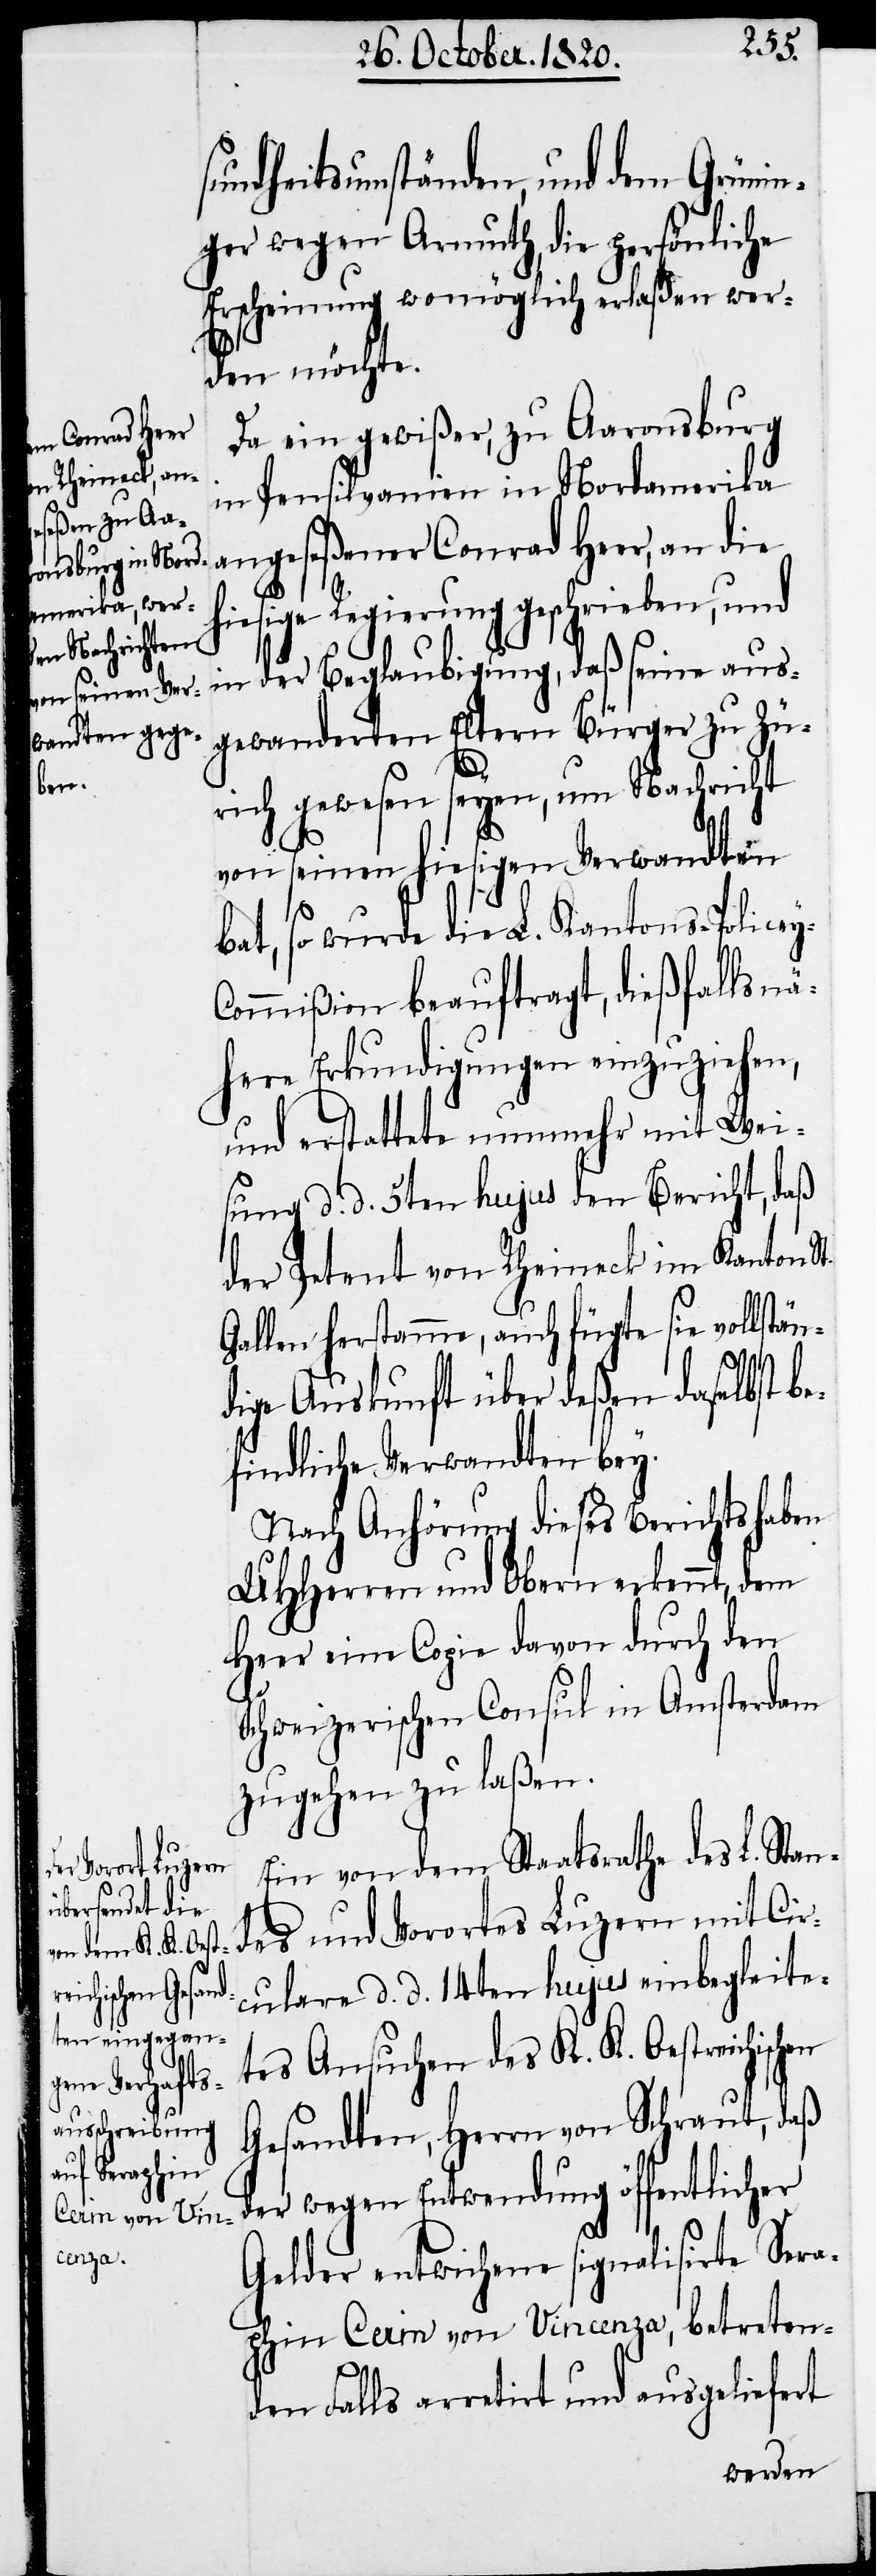
ischen

sundheitsumständen, und dem Grünin¬
ger wegen Armuth, die persönliche
Erscheinung womöglich erlaßen wer¬
den möchte.
Da ein gewißer, zu Aaronsburg
in Pensilvanien in Nordamerika
angeseßener Conrad Heer, an die
iesige Regierung geschrieben, und
in der Beglaubigung, daß seine aus¬
gewanderten Eltern Bürger zu Zü¬
rich gewesen seyen, um Nachricht
h¬
von seinen hiesigen Verwandten
bat, so wurde die L. Kantons-Police¬
ommißion beauftragt, dießfalls nä¬
here Erkundigungen einzuziehen,
und erstattete nunmehr mit Wei¬
sung d. d. 5ten hujus den Bericht, daß
der Petent von Rheineck im Kanton St.
Gallen herstamme, auch fügte sie vollstän¬
dige Auskunft über deßen daselbst be¬
findliche Verwandten bey.
Nach Anhörung dieses Berichts haben
UHHerren und Obern erkennt, dem
Heer eine Copie davon durch den
Schweizerischen Consul in Amsterdam
zugehen zu laßen.
Ein von dem Staatsrathe des L. Stan¬
des und Vorortes Luzern mit Cir¬
culare d. d. 14ten hujus einbegleite¬
tes Ansuchen des K. K. Oestreich¬
Gesandten, Herrn von Schraut, daß
der wegen Entwendung öffentlicher
Gelder entwichene signalisirte Sera¬
phin Cain von Vincenza, betreten¬
den Falls arretirt und ausgeliefert